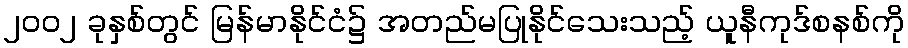
၂၀၀၂ ခုနှစ်တွင် မြန်မာနိုင်ငံ၌ အတည်မပြုနိုင်သေးသည့် ယူနီကုဒ်စနစ်ကို